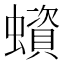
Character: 蠀